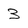
Character: 3